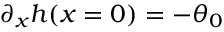
\partial _ { x } h ( x = 0 ) = - \theta _ { 0 }